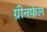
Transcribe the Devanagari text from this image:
ग्रीनफेल